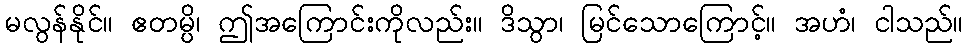
မလွန်နိုင်။ ဧတမ္ပိ၊ ဤအကြောင်းကိုလည်း။ ဒိသွာ၊ မြင်သောကြောင့်။ အဟံ၊ ငါသည်။